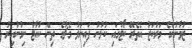
ޒުވާނުންގެ މަރުކަޒު އެތެރޭ ކޯޓުގައި ކުޅުނު ފައިނަލު މެޗުގެ ތިން ކުއާޓާ ނިމުނުއިރު